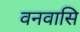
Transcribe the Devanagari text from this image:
वनवासि